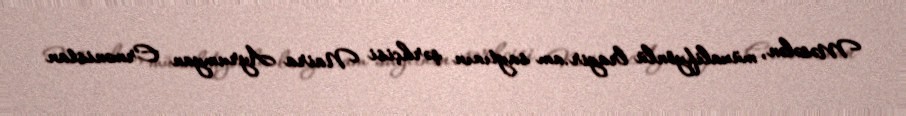
Məsələn, müxalifyönlü lragir.am saytının şərhçisi Naira Ayrumyan Ermənistan